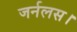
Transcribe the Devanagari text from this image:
जर्नलस।